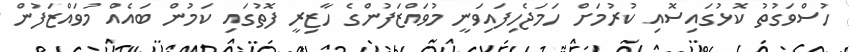
ހުސްވަގުތު ކޮޅުގައިސޮއި ކުރުމަށް ހަމަޖެހިފައިވަނީ މުވައްޒަފުންގެ ހާޒިރީ ފޮތުގައި ކަމުން ބައެއް މުވައްޒަފުން